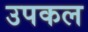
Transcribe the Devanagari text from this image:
उपकल